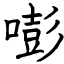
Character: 嘭